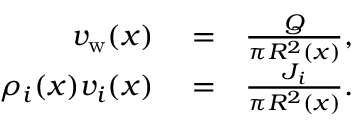
\begin{array} { r l r } { v _ { \mathrm { w } } ( x ) } & { { } = } & { \frac { Q } { \pi R ^ { 2 } ( x ) } , } \\ { \rho _ { i } ( x ) v _ { i } ( x ) } & { { } = } & { \frac { J _ { i } } { \pi R ^ { 2 } ( x ) } . } \end{array}